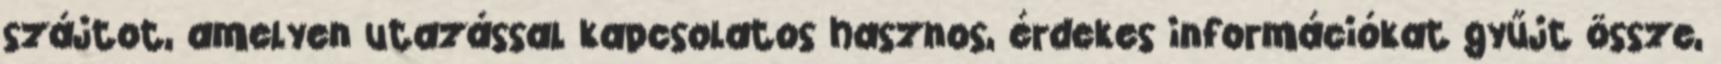
szájtot, amelyen utazással kapcsolatos hasznos, érdekes információkat gyűjt össze,